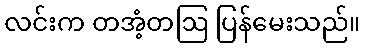
လင်းက တအံ့တဩ ပြန်မေးသည်။